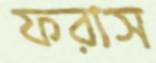
ফরাস